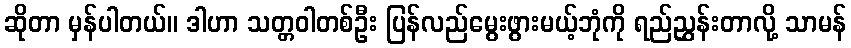
ဆိုတာ မှန်ပါတယ်။ ဒါဟာ သတ္တဝါတစ်ဦး ပြန်လည်မွေးဖွားမယ့်ဘုံကို ရည်ညွှန်းတာလို့ သာမန်